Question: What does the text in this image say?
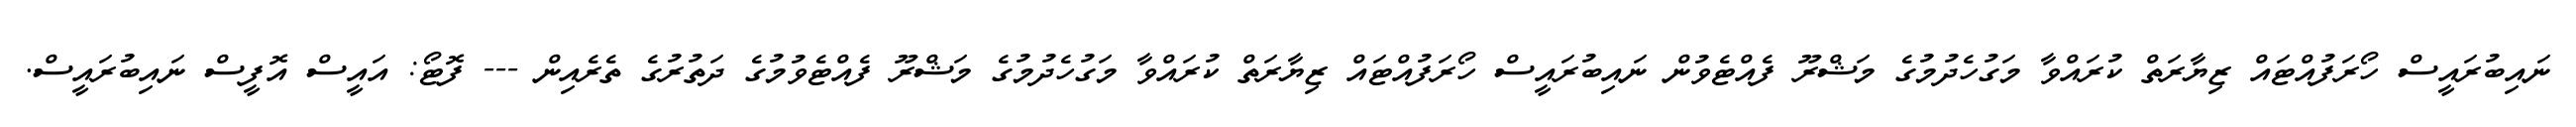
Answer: ނައިބުރައީސް ހޯރަފުއްޓައް ޒިޔާރަތް ކުރައްވާ މަގުހެދުމުގެ މަޝްރޫ ފެއްޓެވުން ނައިބުރައީސް ހޯރަފުއްޓައް ޒިޔާރަތް ކުރައްވާ މަގުހެދުމުގެ މަޝްރޫ ފެއްޓެވުމުގެ ދަތުރުގެ ތެރެއިން --- ފޮޓޯ: އައީސް އޮފީސް ނައިބުރައީސް.